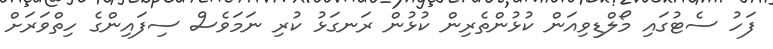
ފަހު ސެޓުގައި މޯލްޑިވިއަން ކުޅުންތެރިން ކުޅުން ރަނގަޅު ކުރި ނަމަވެސް ސިފައިންގެ ހިތްވަރަށް